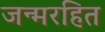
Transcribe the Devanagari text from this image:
जन्मरहित